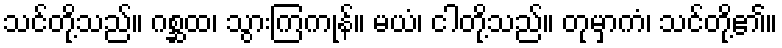
သင်တို့သည်။ ဂစ္ဆထ၊ သွားကြကုန်။ မယံ၊ ငါတို့သည်။ တုမှာကံ၊ သင်တို့၏။